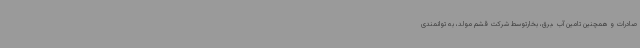
صادرات و همچنین تامین آب ،برق، بخارتوسط شرکت قشم مولد، به توانمندی